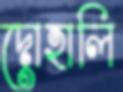
দোহালি